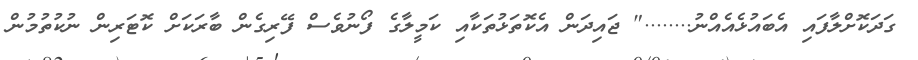
ގަދަކޮށްލާފައި އެބައުޅެއެއްނު........" ޖައިދަން އެކޮތަޅުތަކާއި ކަމީލާގެ ފޯނުވެސް ފޭރިގެން ބާރަކަށް ކޮޓަރިން ނުކުތުމުން